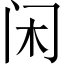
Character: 闲